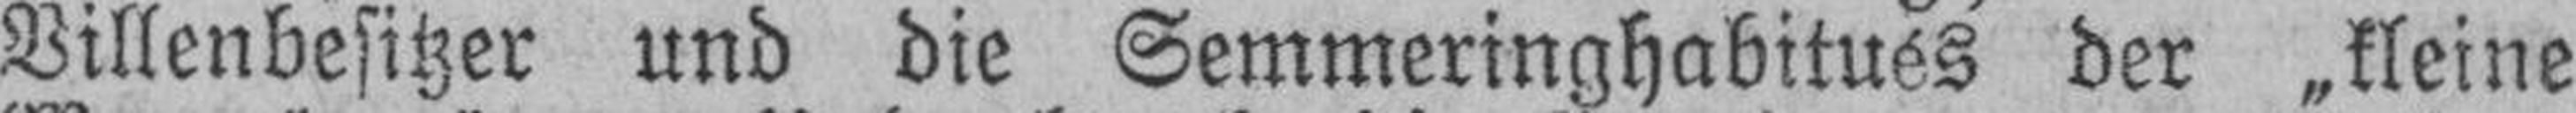
Villenbesitzer und die Semmeringhabitues der „kleine